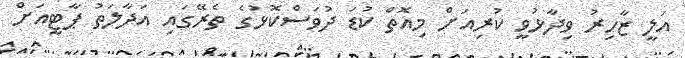
އަލީ ޒާހިރު ވިދާޅުވީ ކުރިއަށް މިއޮތް ކުޑަ ދުވަސްކޮޅުގެ ތެރޭގައި އަދާލަތު ޕާޓީއަށް